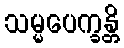
သမ္မပေက္ခန္တိ